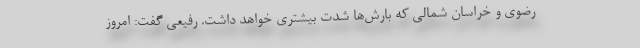
رضوی و خراسان شمالی که بارش‌ها شدت بیشتری خواهد داشت. رفیعی گفت: امروز